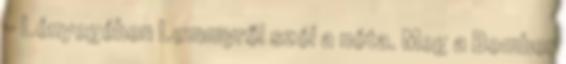
- Lényegében Lemmyről szól a nóta. Meg a Bomber